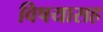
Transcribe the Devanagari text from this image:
विषयासह